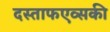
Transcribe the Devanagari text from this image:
दस्ताफएव्सकी